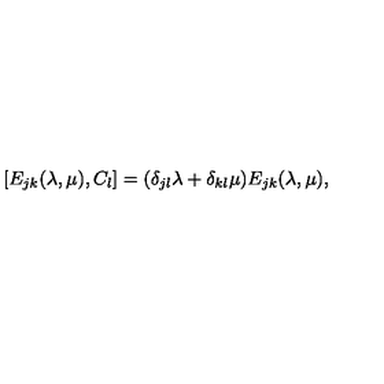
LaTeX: [ E _ { j k } ( \lambda , \mu ) , { C } _ { l } ] = ( \delta _ { j l } \lambda + \delta _ { k l } \mu ) E _ { j k } ( \lambda , \mu ) , \nonumber